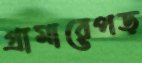
গ্রামারেপড়